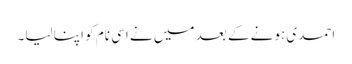
احمدی ہونے کے بعد میں نے اسی نام کو اپنا لیا۔